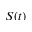
S ( t )